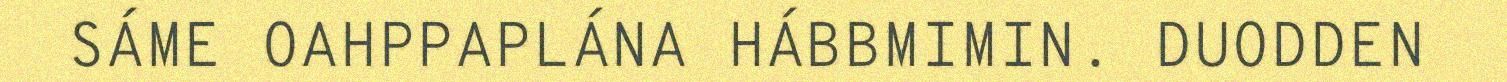
SÁME OAHPPAPLÁNA HÁBBMIMIN. DUODDEN